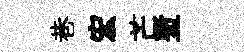
巷宏芒塹